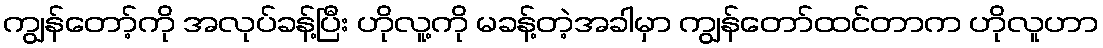
ကျွန်တော့်ကို အလုပ်ခန့်ပြီး ဟိုလူ့ကို မခန့်တဲ့အခါမှာ ကျွန်တော်ထင်တာက ဟိုလူဟာ